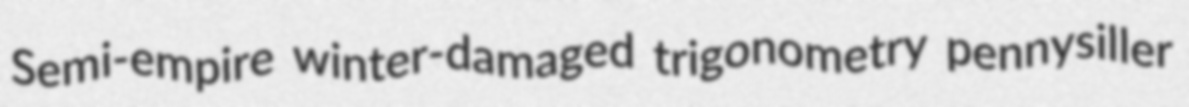
Semi-empire winter-damaged trigonometry pennysiller